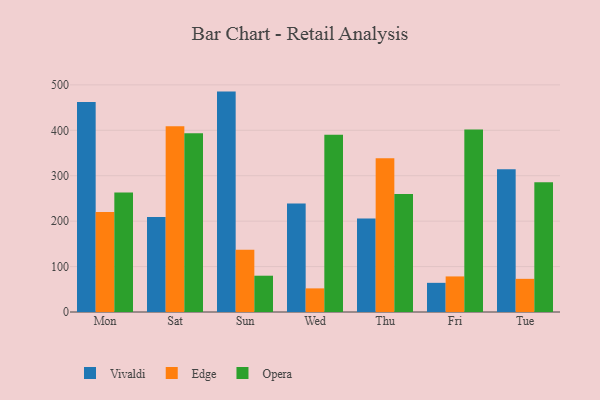
{"axis": {"x": "Day", "y": "Backlog"}, "legend": ["Edge", "Opera", "Vivaldi"], "data": [{"x": "Mon", "y": 462.1, "type": "Vivaldi"}, {"x": "Mon", "y": 220.4, "type": "Edge"}, {"x": "Mon", "y": 262.8, "type": "Opera"}, {"x": "Sat", "y": 208.9, "type": "Vivaldi"}, {"x": "Sat", "y": 409.1, "type": "Edge"}, {"x": "Sat", "y": 393.5, "type": "Opera"}, {"x": "Sun", "y": 485.2, "type": "Vivaldi"}, {"x": "Sun", "y": 137.3, "type": "Edge"}, {"x": "Sun", "y": 79.9, "type": "Opera"}, {"x": "Wed", "y": 238.6, "type": "Vivaldi"}, {"x": "Wed", "y": 52.0, "type": "Edge"}, {"x": "Wed", "y": 390.3, "type": "Opera"}, {"x": "Thu", "y": 205.8, "type": "Vivaldi"}, {"x": "Thu", "y": 338.2, "type": "Edge"}, {"x": "Thu", "y": 259.7, "type": "Opera"}, {"x": "Fri", "y": 64.2, "type": "Vivaldi"}, {"x": "Fri", "y": 78.3, "type": "Edge"}, {"x": "Fri", "y": 401.8, "type": "Opera"}, {"x": "Tue", "y": 314.3, "type": "Vivaldi"}, {"x": "Tue", "y": 73.0, "type": "Edge"}, {"x": "Tue", "y": 285.7, "type": "Opera"}]}